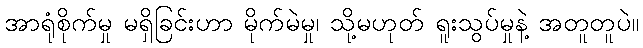
အာရုံစိုက်မှု မရှိခြင်းဟာ မိုက်မဲမှု၊ သို့မဟုတ် ရူးသွပ်မှုနဲ့ အတူတူပဲ။